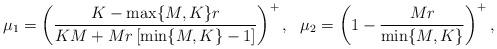
LaTeX: \begin{align*}\mu_1 = \left(\frac{K - \max\{M,K\} r}{KM + Mr\left[\min\{M,K\} - 1\right]}\right)^+, ~~ \mu_2 = \left(1 - \frac{Mr}{\min\{M,K\}}\right)^+,\end{align*}